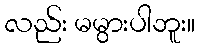
လည်း မမွားပါဘူး။